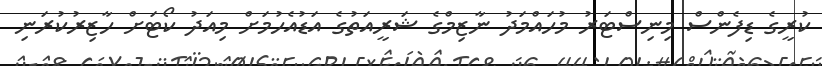
ކުރީގެ ޑިފެންސް މިނިސްޓަރު މުހައްމަދު ނާޒިމްގެ ޝަރީއަތުގެ އަޑުއެހުމަށް މިއަދު ކޯޓަށް ހާޒިރުކުރަނި